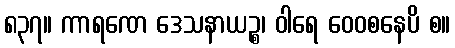
၈၃၇။ ကာရဏေ ဒေသနာယဉ္စ၊ ဝါရေ ဝေဝစနေပိ စ။